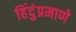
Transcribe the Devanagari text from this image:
हिंदुंप्रमाणे